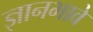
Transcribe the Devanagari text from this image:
ज्ञानभावे